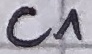
Text: C^